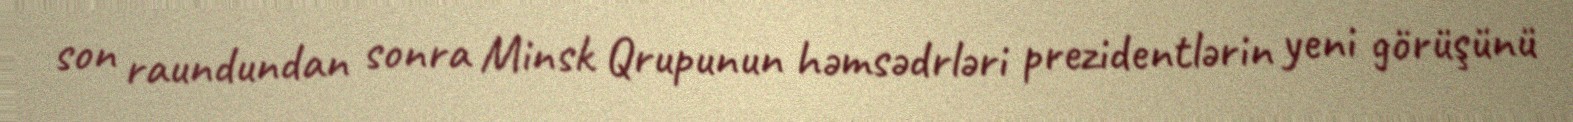
son raundundan sonra Minsk Qrupunun həmsədrləri prezidentlərin yeni görüşünü